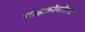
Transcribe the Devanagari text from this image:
माइक्रोसोफ़्ट